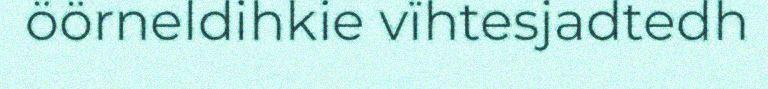
öörneldihkie vïhtesjadtedh